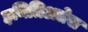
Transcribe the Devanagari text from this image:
इनितिअतेस